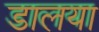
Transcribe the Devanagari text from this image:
डालया